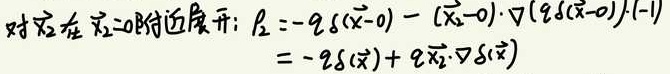
\[
\begin{align*}
\text{对}\rho_2\text{在}\vec{x}_2 = 0\text{附近展开: }\rho_2&=-q\delta(\vec{x}-0)-(\vec{x}_2 - 0)\cdot\nabla(q\delta(\vec{x}-0))+(-1)\\
&=-q\delta(\vec{x})+q\vec{x}_2\cdot\nabla\delta(\vec{x})
\end{align*}
\]